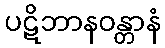
ပဋိဘာနဝန္တာနံ